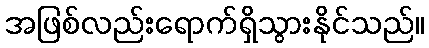
အဖြစ်လည်းရောက်ရှိသွားနိုင်သည်။